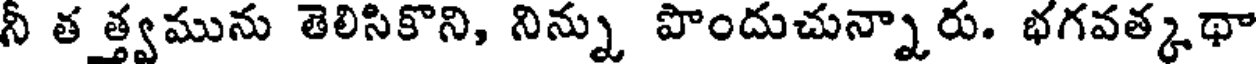
నీ తత్త్వమును తెలిసికొని, నిన్ను పొందుచున్నారు. భగవత్కథా